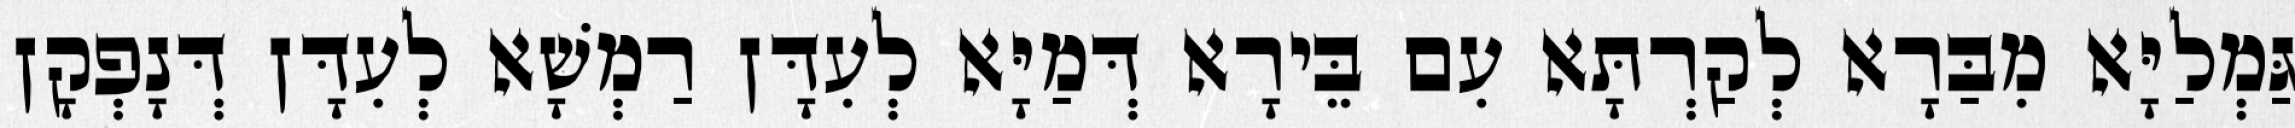
גַּמְלַיָּא מִבַּרָא לְקַרְתָּא עִם בֵּירָא דְּמַיָּא לְעִדָּן רַמְשָׁא לְעִדָּן דְּנָפְקָן